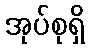
အုပ်စုရှိ